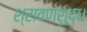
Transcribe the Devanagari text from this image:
श्रावणशुद्ध